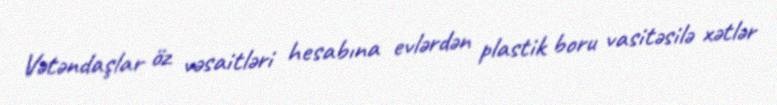
Vətəndaşlar öz vəsaitləri hesabına evlərdən plastik boru vasitəsilə xətlər